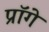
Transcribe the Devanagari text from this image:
प्रॉगे